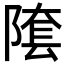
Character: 𨻝